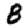
Digit: 8